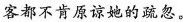
客都不肯原谅她的疏忽。